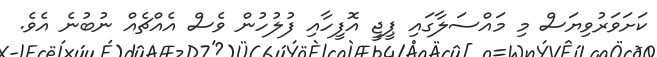
ކަށަވަރުވިޔަސް މި މައްސަލާގައި ޕީޖީ އޮފީހާއި ފުލުހުން ވެސް އެއްޗެއް ނުބުނެ އެވެ.